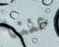
عننا